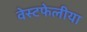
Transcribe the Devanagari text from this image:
वेस्टफेलीया